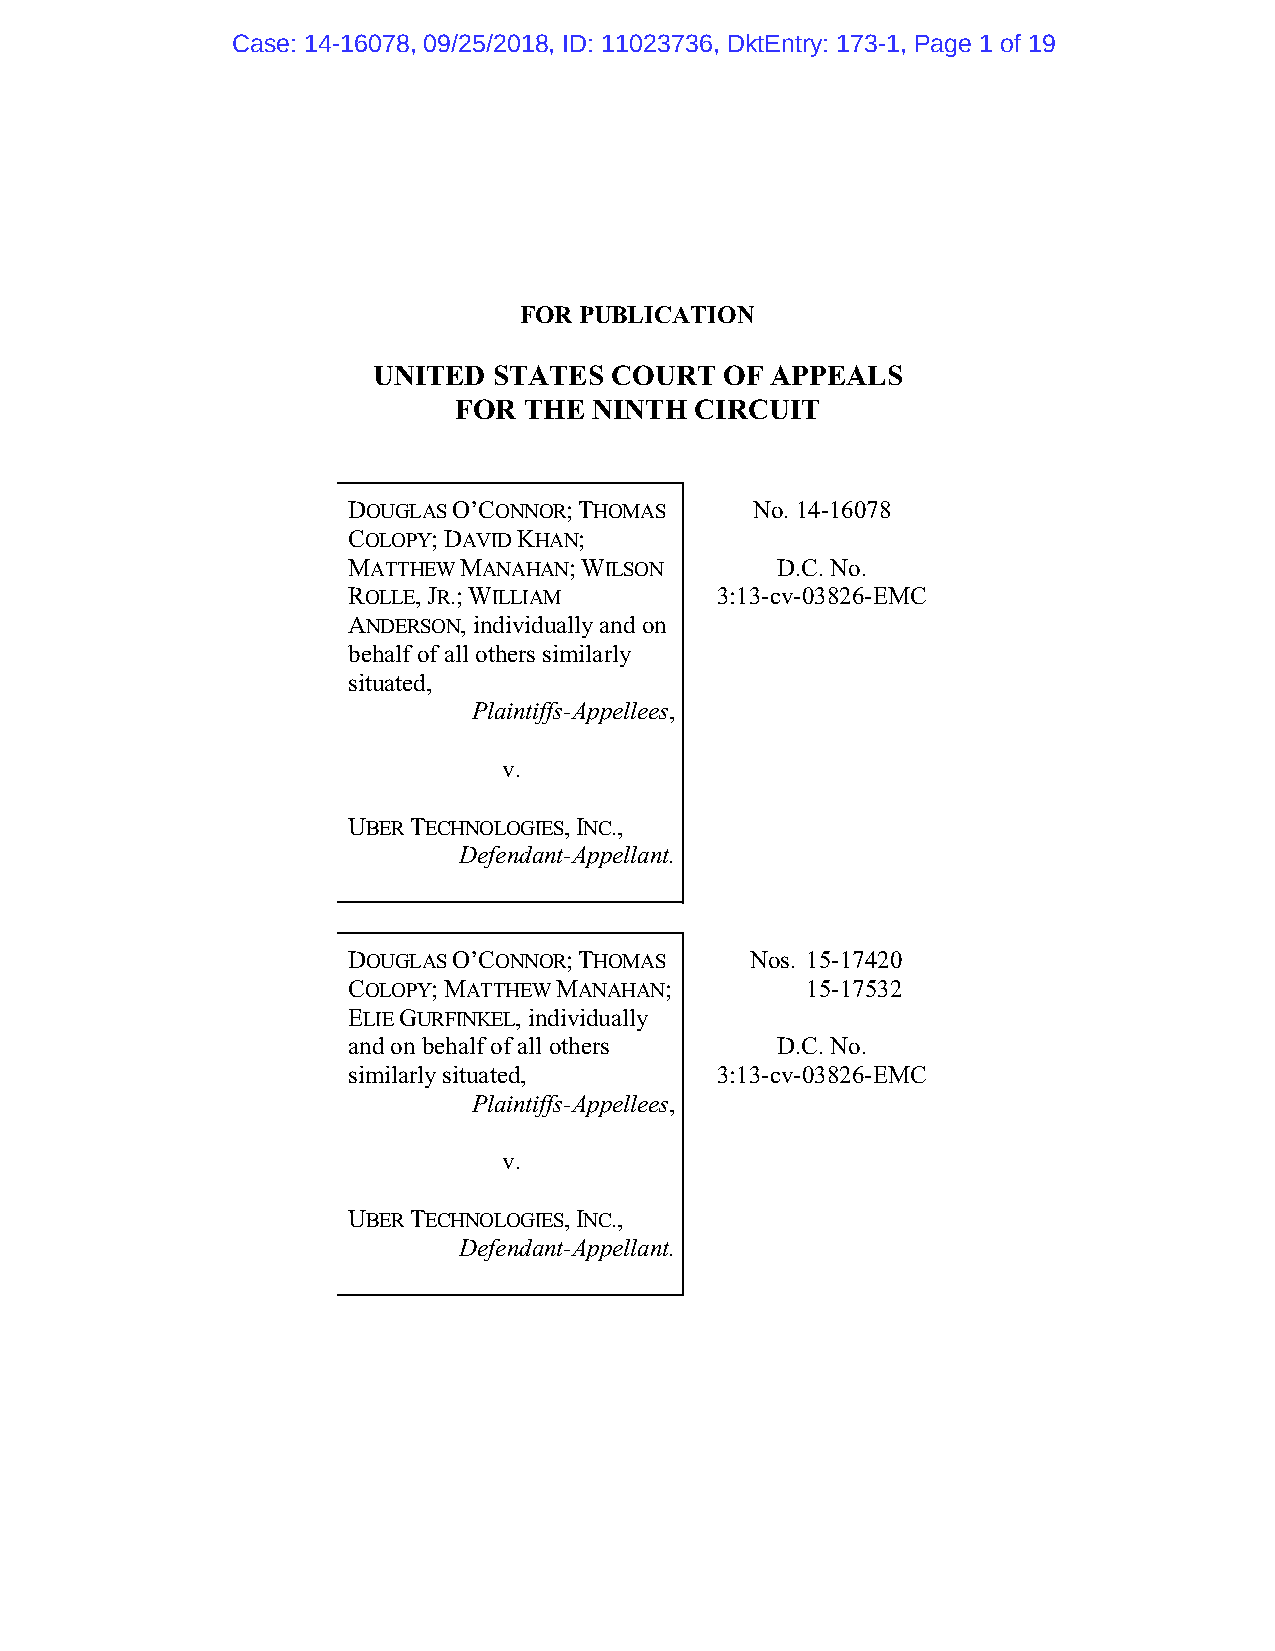
Case: 14-16078, 09/25/2018, ID: 11023736, DktEntry: 173-1, Page 1 of 19
 FOR PUBLICATION
 UNITED  STATES COURT   OF APPEALS
 FOR  THE NINTH  CIRCUIT
 DOUGLAS O’CONNOR; THOMAS   No. 14-16078
 COLOPY; DAVID KHAN;
 MATTHEW MANAHAN; WILSON     D.C. No.
 ROLLE, JR.; WILLIAM     3:13-cv-03826-EMC
 ANDERSON, individually and on
 behalf of all others similarly
 situated,
 Plaintiffs-Appellees,
 v.
 UBER TECHNOLOGIES, INC.,
 Defendant-Appellant.
 DOUGLAS O’CONNOR; THOMAS   Nos. 15-17420
 COLOPY; MATTHEW MANAHAN;      15-17532
 ELIE GURFINKEL, individually
 and on behalf of all others D.C. No.
 similarly situated,     3:13-cv-03826-EMC
 Plaintiffs-Appellees,
 v.
 UBER TECHNOLOGIES, INC.,
 Defendant-Appellant.